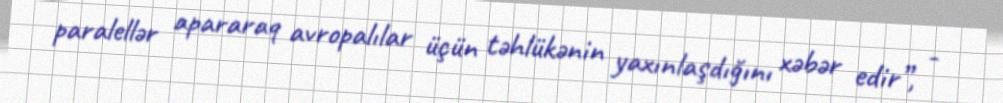
paralellər apararaq avropalılar üçün təhlükənin yaxınlaşdığını xəbər edir”, -